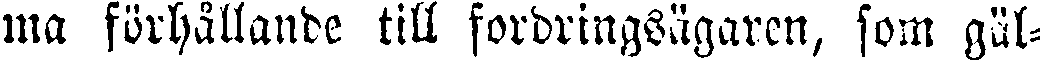
ma förhållande till fordringsägaren, som gäl-